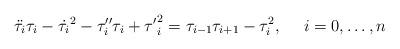
LaTeX: \begin{align*}\ddot{\tau _i}\tau _i-\dot{\tau _i}^2-\tau _i^{\prime \prime }\tau _i+{\tau^{\prime }}_i^2=\tau _{i-1}\tau _{i+1}-\tau _i^2,~~~~i=0,\dots ,n\end{align*}